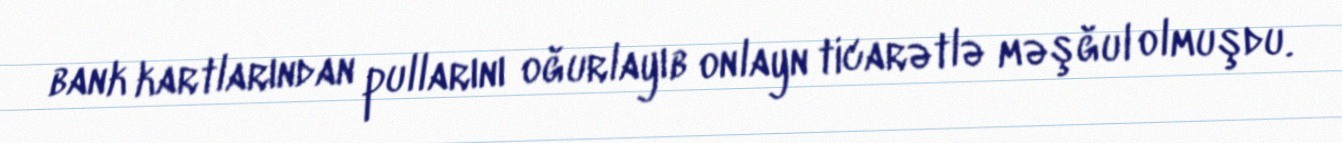
bank kartlarından pullarını oğurlayıb onlayn ticarətlə məşğul olmuşdu.